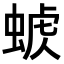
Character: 𧌭